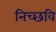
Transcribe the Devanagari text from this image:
निच्छवि